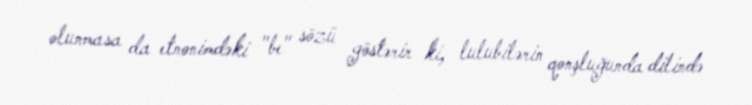
olunmasa da etnonimdəki "be" sözü göstərir ki, lulubilərin qonşluğunda dilində